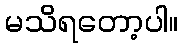
မသိရတော့ပါ။